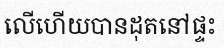
លើហើយបានដុតនៅផ្ទះ